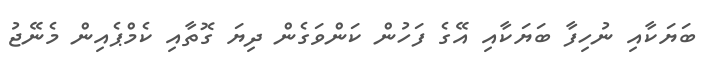
ބަޔަކާއި ނުހިފާ ބަޔަކާއި އޭގެ ފަހުން ކަންވަގެން ދިޔަ ގޮތާއި ކެމްޕެއިން މެނޭޖު